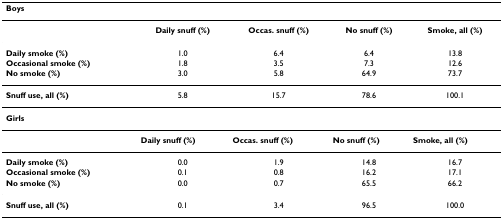
<table><thead><tr><td colspan="5"><b>Boys</b></td></tr></thead><tbody><tr><td></td><td><b>Daily snuff (%)</b></td><td><b>Occas. snuff (%)</b></td><td><b>No snuff (%)</b></td><td><b>Smoke, all (%)</b></td></tr><tr><td><b>Daily smoke (%)</b></td><td>1.0</td><td>6.4</td><td>6.4</td><td>13.8</td></tr><tr><td><b>Occasional smoke (%)</b></td><td>1.8</td><td>3.5</td><td>7.3</td><td>12.6</td></tr><tr><td><b>No smoke (%)</b></td><td>3.0</td><td>5.8</td><td>64.9</td><td>73.7</td></tr><tr><td><b>Snuff use, all (%)</b></td><td>5.8</td><td>15.7</td><td>78.6</td><td>100.1</td></tr><tr><td colspan="5"><b>Girls</b></td></tr><tr><td></td><td><b>Daily snuff (%)</b></td><td><b>Occas. snuff (%)</b></td><td><b>No snuff (%)</b></td><td><b>Smoke, all (%)</b></td></tr><tr><td><b>Daily smoke (%)</b></td><td>0.0</td><td>1.9</td><td>14.8</td><td>16.7</td></tr><tr><td><b>Occasional smoke (%)</b></td><td>0.1</td><td>0.8</td><td>16.2</td><td>17.1</td></tr><tr><td><b>No smoke (%)</b></td><td>0.0</td><td>0.7</td><td>65.5</td><td>66.2</td></tr><tr><td><b>Snuff use, all (%)</b></td><td>0.1</td><td>3.4</td><td>96.5</td><td>100.0</td></tr></tbody></table>